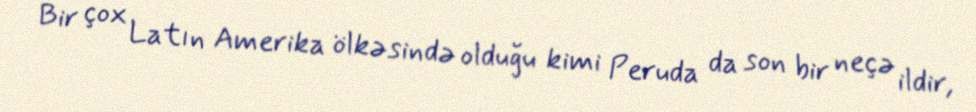
Bir çox Latın Amerika ölkəsində olduğu kimi Peruda da son bir neçə ildir,